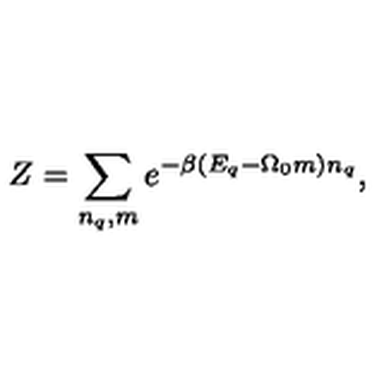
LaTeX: Z = \sum _ { n _ { q } , m } e ^ { - \beta ( E _ { q } - \Omega _ { 0 } m ) n _ { q } } ,